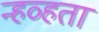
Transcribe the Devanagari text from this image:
न्हव्हता